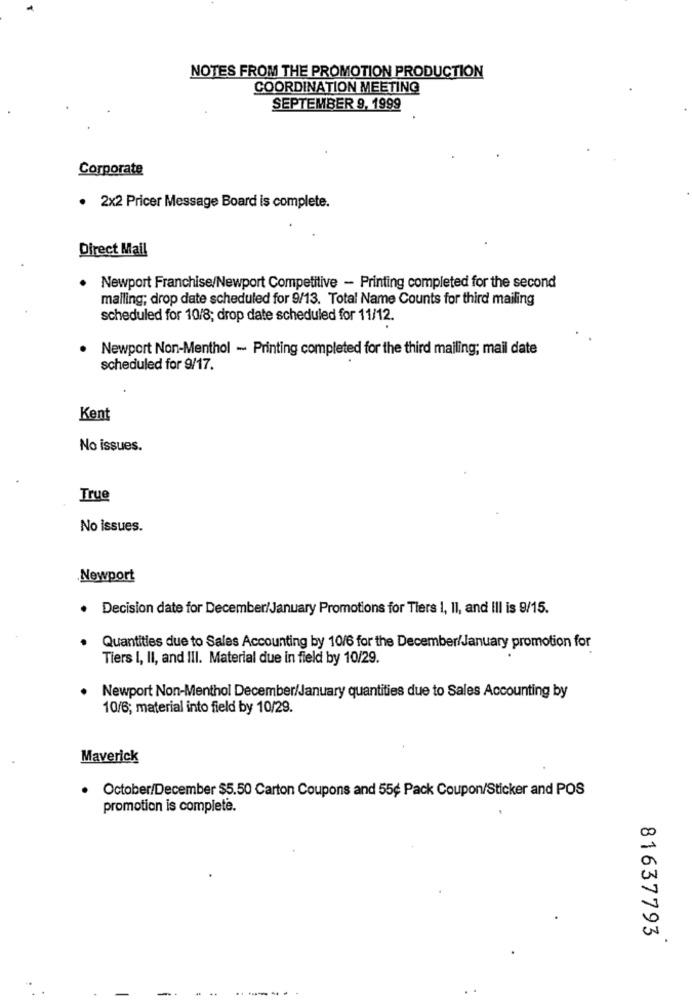
NOTES FROM THE PROMOTION PRODUCTION
COORDINATION MEETING
SEPTEMBER 9, 1999
Corporate
· 2x2 Pricer Message Board is complete.
Direct Mail
Newport Franchise/Newport Competitive - Printing completed for the second
malling; drop date scheduled for 9/13. Total Name Counts for third mailing
scheduled for 10/8; drop date scheduled for 11/12.
Newport Non-Menthol - Printing completed for the third mailing; mail date
scheduled for 9/17.
Kent
No issues.
True
No issues.
Newport
. Decision date for December/January Promotions for Tiers 1, Il, and Ill is 9/15.
Quantities due to Sales Accounting by 10/6 for the December/January promotion for
Tiers I, II, and III. Material due in field by 10/29.
Newport Non-Menthol December/January quantities due to Sales Accounting by
10/6; material into field by 10/29.
Maverick
October/December $5.50 Carton Coupons and 55¢ Pack Coupon/Sticker and POS
promotion is complete.
81637793